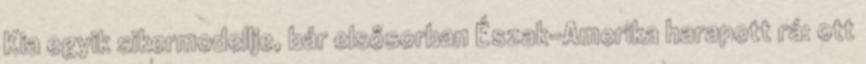
Kia egyik sikermodellje, bár elsősorban Észak-Amerika harapott rá: ott